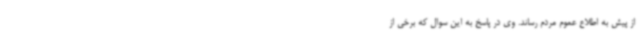
از پیش به اطلاع عموم مردم رساند. وی در پاسخ به این سوال که برخی از